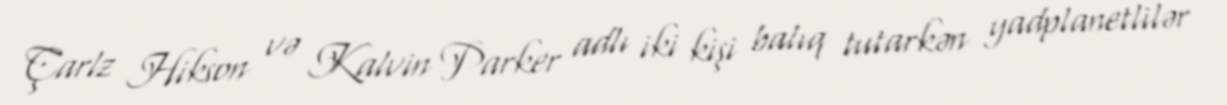
Çarlz Hikson və Kalvin Parker adlı iki kişi balıq tutarkən yadplanetlilər